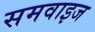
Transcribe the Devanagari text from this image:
समवाइज